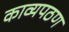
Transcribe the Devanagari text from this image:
काव्यपठण